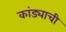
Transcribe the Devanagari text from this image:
कांड्याची